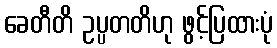
ခေတီတိ ဥပ္ပတတိဟု ဖွင့်ပြထားပုံ